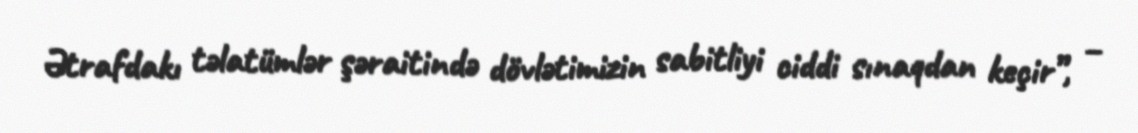
Ətrafdakı təlatümlər şəraitində dövlətimizin sabitliyi ciddi sınaqdan keçir”, –